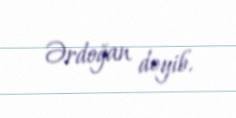
Ərdoğan deyib.